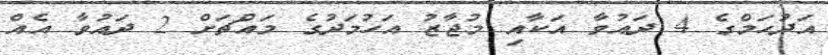
އަދުހަމްގެ 4 ދައުވާ އަކާއި މުޖާޒު އަހުމަދުގެ މައްޗަށް 2 ދައުވާ އެއް